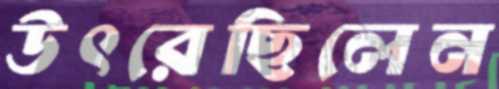
উৎরেছিলেন